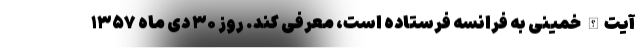
آیت‌الله خمینی به فرانسه فرستاده است، معرفی کند. روز ۳۰ دی ماه ۱۳۵۷